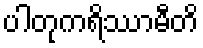
ပါတုကရိဿာမီတိ